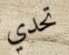
تحدي